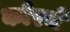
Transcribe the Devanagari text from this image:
कोरचे